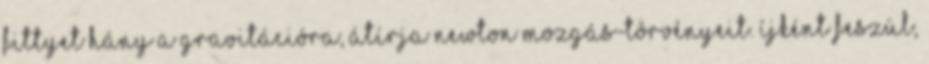
fittyet hány a gravitációra, átírja Newton mozgás-törvényeit. Íjként feszül,